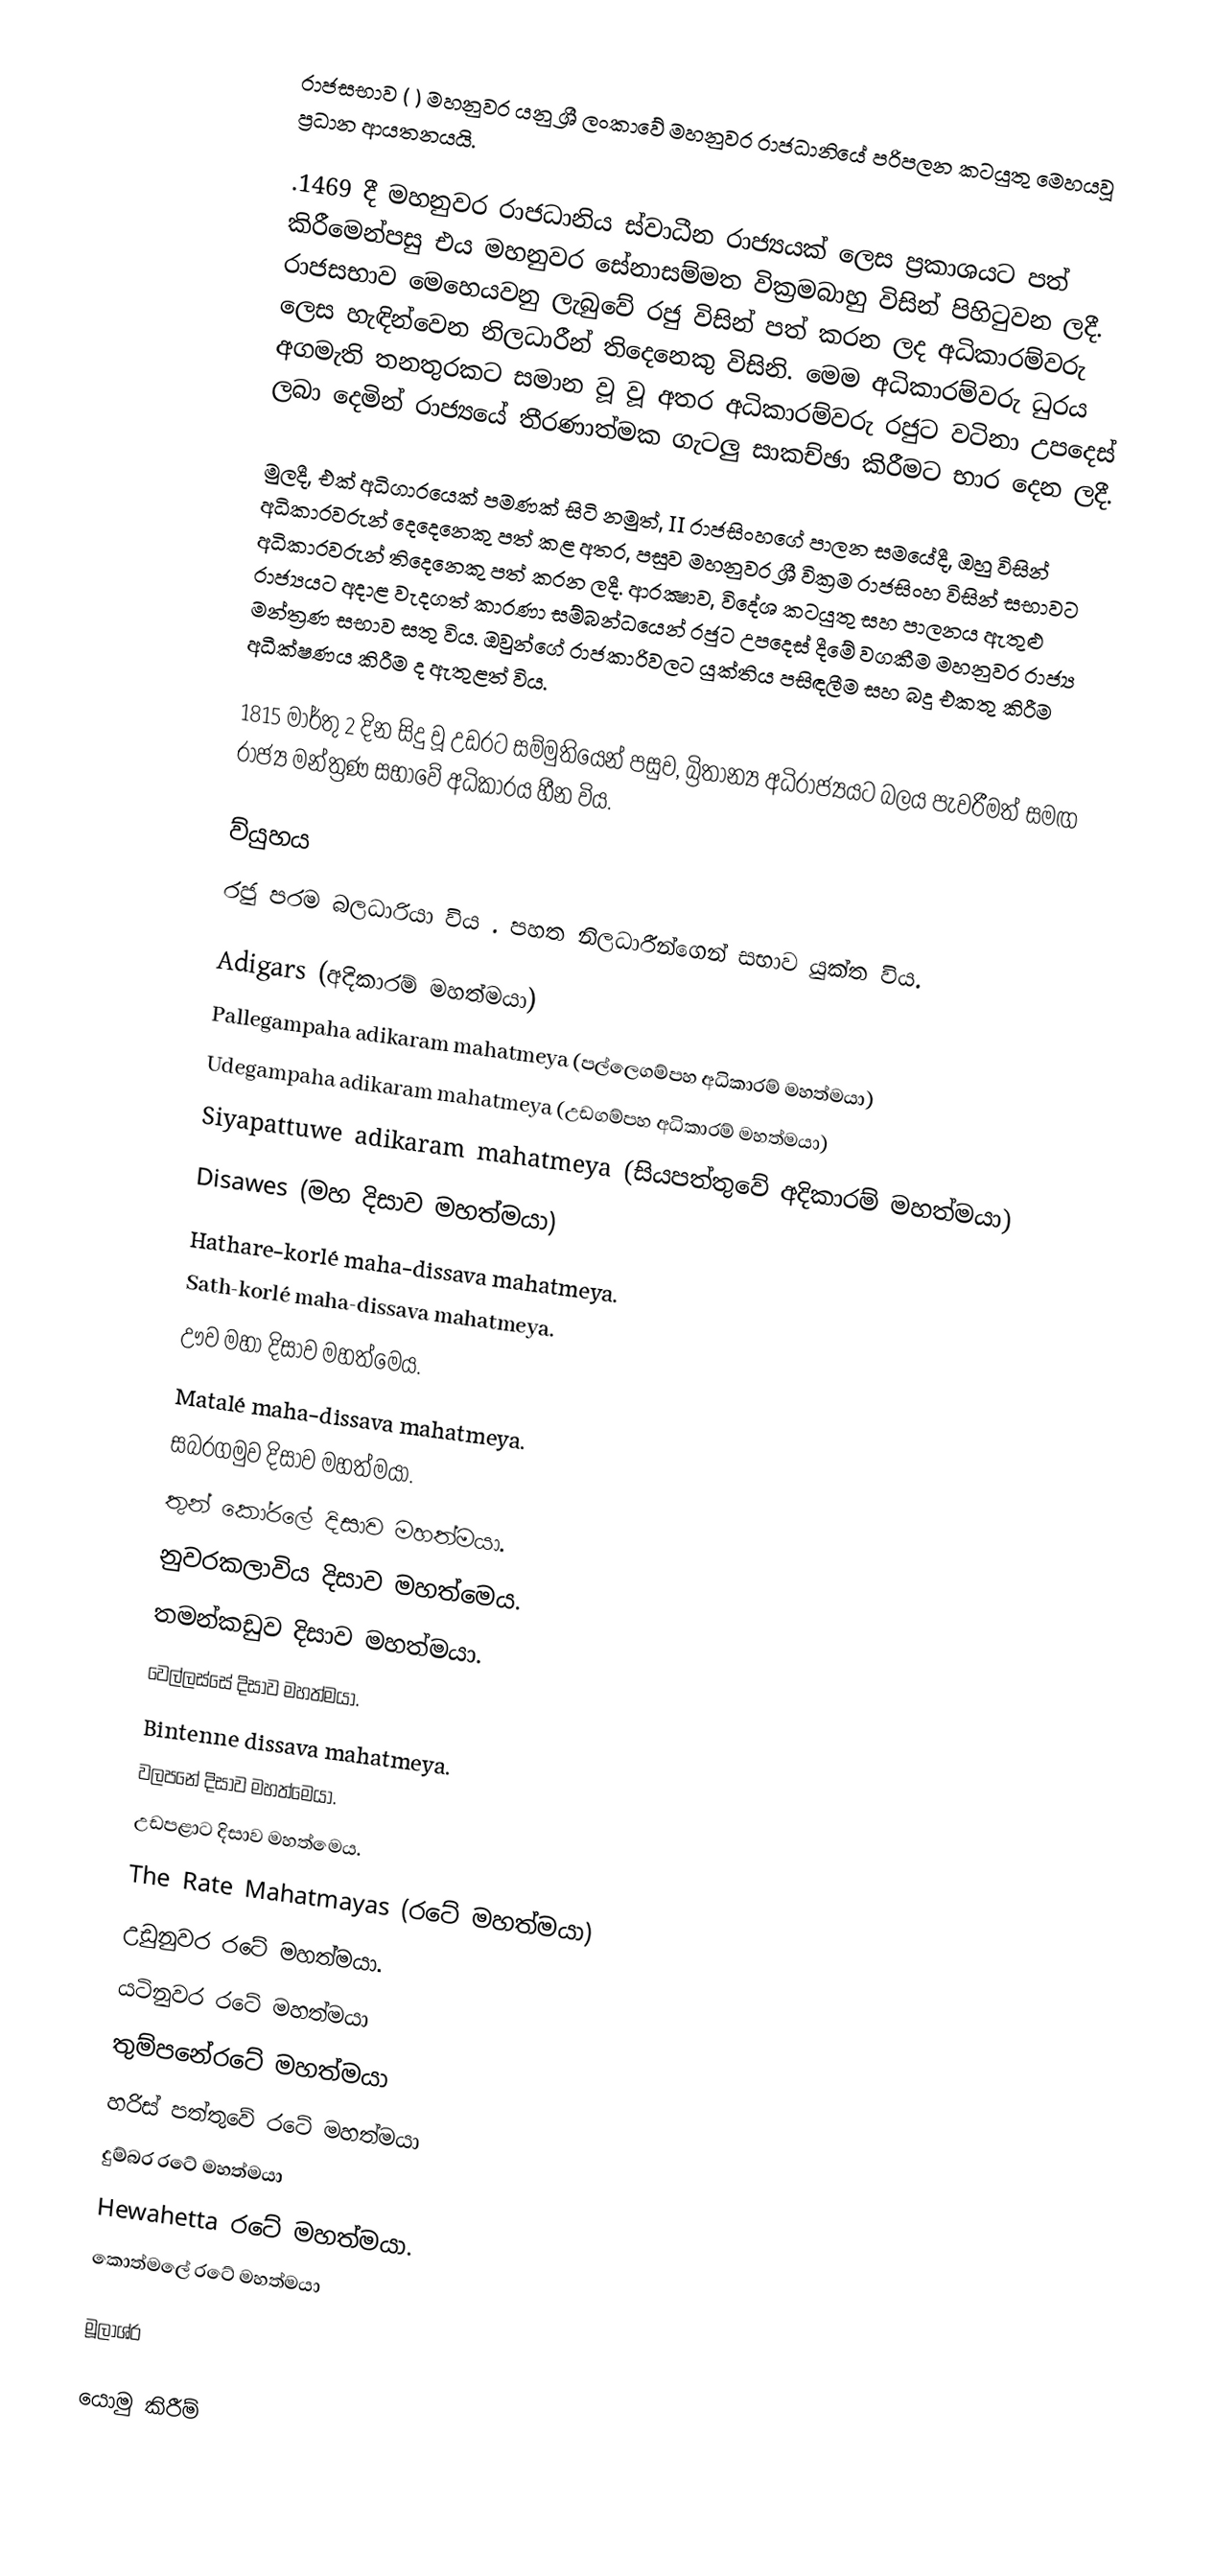
රාජසභාව  (    ) මහනුවර යනු ශ්‍රී ලංකාවේ මහනුවර රාජධානියේ පරිපලන කටයුතු මෙහයවූ ප්‍රධාන ආයතනයයි.

.1469 දී මහනුවර රාජධානිය ස්වාධීන රාජ්‍යයක් ලෙස ප්‍රකාශයට පත් කිරීමෙන්පසු එය මහනුවර සේනාසම්මත වික්‍රමබාහු විසින් පිහිටුවන ලදී. රාජසභාව මෙහෙයවනු ලැබුවේ රජු විසින් පත් කරන ලද අධිකාරම්වරු  ලෙස හැඳින්වෙන නිලධාරීන් තිදෙනෙකු විසිනි. මෙම අධිකාරම්වරු ධුරය  අගමැති තනතුරකට සමාන වූ  වූ අතර අධිකාරම්වරු රජුට වටිනා උපදෙස් ලබා දෙමින් රාජ්‍යයේ තීරණාත්මක ගැටලු සාකච්ඡා කිරීමට භාර දෙන ලදී.

මුලදී, එක් අධිගාරයෙක් පමණක් සිටි නමුත්, II රාජසිංහගේ පාලන සමයේදී, ඔහු විසින් අධිකාරවරුන් දෙදෙනෙකු පත් කළ අතර, පසුව මහනුවර ශ්‍රී වික්‍රම රාජසිංහ විසින් සභාවට අධිකාරවරුන් තිදෙනෙකු පත් කරන ලදී. ආරක්‍ෂාව, විදේශ කටයුතු සහ පාලනය ඇතුළු රාජ්‍යයට අදාළ වැදගත් කාරණා සම්බන්ධයෙන් රජුට උපදෙස් දීමේ වගකීම මහනුවර රාජ්‍ය මන්ත්‍රණ සභාව සතු විය. ඔවුන්ගේ රාජකාරිවලට යුක්තිය පසිඳලීම සහ බදු එකතු කිරීම අධීක්ෂණය කිරීම ද ඇතුළත් විය.

1815 මාර්තු 2 දින සිදු වූ උඩරට සම්මුතියෙන් පසුව,  බ්‍රිතාන්‍ය අධිරාජ්‍යයට බලය පැවරීමත් සමඟ රාජ්‍ය මන්ත්‍රණ සභාවේ අධිකාරය හීන විය.

ව්යුහය
රජු පරම බලධාරියා විය . පහත නිලධාරීන්ගෙන් සභාව යුක්ත විය.

 Adigars (අදිකාරම් මහත්මයා)
 Pallegampaha adikaram mahatmeya (පල්ලෙගම්පහ අධිකාරම් මහත්මයා)
 Udegampaha adikaram mahatmeya (උඩගම්පහ අධිකාරම් මහත්මයා)
 Siyapattuwe adikaram mahatmeya (සියපත්තුවේ අදිකාරම් මහත්මයා)
 Disawes (මහ දිසාව මහත්මයා)
 Hathare-korlé maha-dissava mahatmeya.
 Sath-korlé maha-dissava mahatmeya.
 ඌව මහා දිසාව මහත්මෙය.
 Matalé maha-dissava mahatmeya.
 සබරගමුව දිසාව මහත්මයා.
 තුන් කෝරලේ දිසාව මහත්මයා.
 නුවරකලාවිය දිසාව මහත්මෙය.
 තමන්කඩුව දිසාව මහත්මයා.
 වෙල්ලස්සේ දිසාව මහත්මයා.
 Bintenne dissava mahatmeya.
 වලපනේ දිසාව මහත්මෙයා.
 උඩපළාට දිසාව මහත්මෙය.
 The Rate Mahatmayas (රටේ මහත්මයා)
 උඩුනුවර රටේ මහත්මයා.
 යටිනුවර රටේ මහත්මයා
 තුම්පනේරටේ මහත්මයා
 හරිස් පත්තුවේ රටේ මහත්මයා
 දුම්බර රටේ මහත්මයා
 Hewahetta රටේ මහත්මයා.
 කොත්මලේ රටේ මහත්මයා

මූලාශ්ර

යොමු කිරීම්